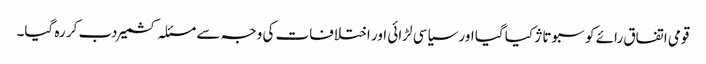
قومی اتفاق رائے کو سبوتاژ کیا گیا اور سیاسی لڑائی اور اختلافات کی وجہ سے مسئلہ کشمیر دب کر رہ گیا۔